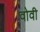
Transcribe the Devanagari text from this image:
वोवी